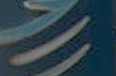
-